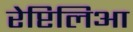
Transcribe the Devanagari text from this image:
रेप्टिलिआ